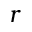
r